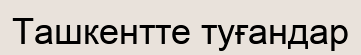
Ташкентте туғандар